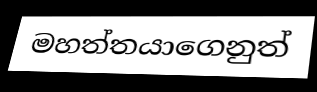
මහත්තයාගෙනුත්